Account of plague administration in the Bombay Presidency from September 1896 till May 1897
Year: 1896
Disease focus: Plague
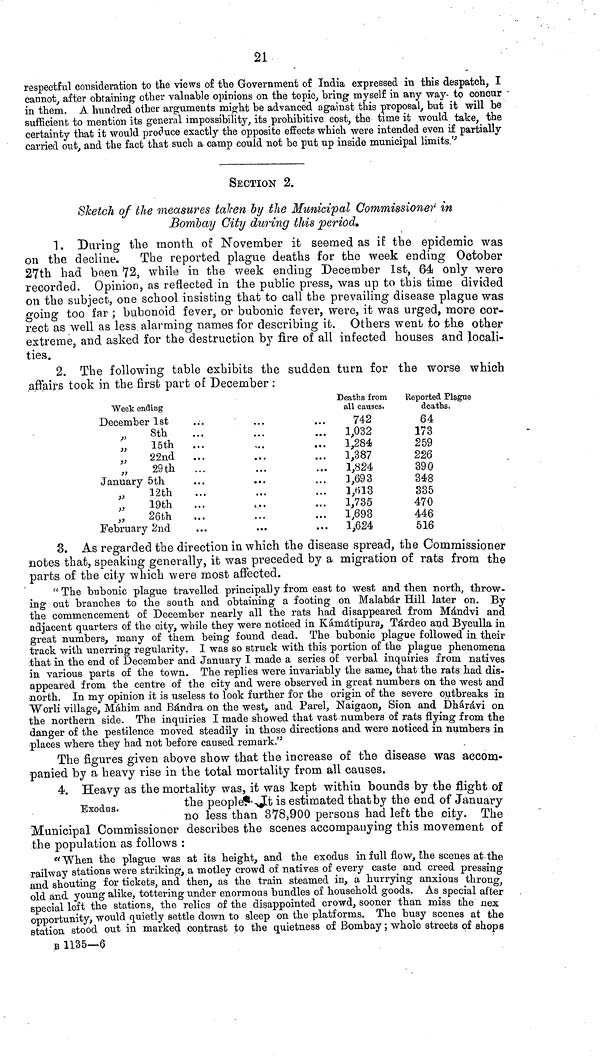
21
respectful consideration to the views of the Government of Inaia expressed in this despatch, I
cannot, after obtaining other valuable opinions on the topic., bring myself in any way- to concur
in them. A hundred other arguments might be advanced against this proposal, but it will be
sufficient to mention its general impossibility, its prohibitive cost, the· time it would take, the
certainty that it would produce exactly the opposite effects which were intended even if partially
carried out, and the fact that such a camp could not be put up inside municipal limits.'·'
SECTION 2.
Sketch of the measures taken by the Municipal Commissioner in
Bombay City during this period.
1. During the month of November ifc seemed as if the epidemic was
on the decline. The reported plague deaths for the week ending October
27th had boen. 72, while in the week ending December 1st, 64 only were
recorded. Opinion, as reflected in the public press, was up to this time divided
on the subject, one school insisting that to call the prevailing disease plague was
going too far ; bubonoid fever, or bubonic fever, were, it was urged, more cor-
rect as well as less alarming names for describing it. Others went to the other
extreme, and asked for the destruction by fire of all infected houses and locali-
ties.
2. The following table exhibits the sudden turn for the worse which
affairs took in the first part of December :
Week ending
December 1st
„
8th
„
15th
„
22nd
„
29th
January 5th
12th
„
19th
„
26th
February 2nd
Deaths from
all causes.
742
1,032
1,284
1,387
1,824
3,693
1,«13
1,735
1,693
1,624
Reported Plague
deaths.
64
173
259
226
390
348
335
470
446
516
3. As regarded the direction in which the disease spread, the Commissioner
notes that, speaking generally, it was preceded by a migration of rats from the
parts of the city which were most affected.
" The bubonic plague travelled principally from east to west and then north, throw-
ing out branches to the south and obtaining a footing on Malabar Hill later on. By
the commencement of December nearly all the rats had disappeared from Màndvi and
adjacent quarters of the city, while they were noticed in Kàmàtipura, Tàrdeo and Byculla in
great numbers, many of them being found dead. The bubonic plague followed in their
track with unerring regularity. I was so struck with this portion of the plague phenomena
that in the end of December and January I made a series of verbal inquiries from natives
in various parts of the town. The replies were invariably the same, that the rats had dis-
appeared from the centre of the city and were observed in great numbers on the west and
north. In my opinion it is useless to look further for the origin of the severe oytbreaks in
"Worli village, Mahim and Bàndra on the west, and Parel, Naigaon, Sion and Dhàràvi on
the northern side. The inquiries I made showed that vast numbers of rats flying from the
danger of the pestilence moved steadily in those directions and were noticed in numbers in
places where they had not before caused remark."
The figures given above show that the increase of the disease was accom-
panied by a heavy rise in the total mortality from all causes.
Exodus.
4. Heavy as the mortality was, it was kept within bounds by the flight of
ine peopje. JLG is esuiiiia&uu. tuauuy LUG enu or January
no less than 378,900 persons had left the city. The
describes the scenes accompauying this movement of
Municipal Commissioner
the population as follows :
"When the plague was at its height, and the exodus in lull flow, the scenes at. the
railway stations were striking, a motley crowd of natives of every caste and creed pressing
and shouting for tickets, and then, as the train steamed in, a hurrying anxious thronor
old and young alike, tottering under enormous bundles of household goods. As special after
special left the stations, the relics of the disappointed crowd, sooner than miss the nex
opportunity, would quietly settle down to sleep on the platforms. The busy scenes at the
station stood out in marked contrast to the quietness of Bombay ; whole streets of shops
Β 1135—6